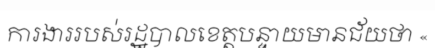
ការងាររបស់រដ្ឋបាលខេត្តបន្ទាយមានជ័យថា «